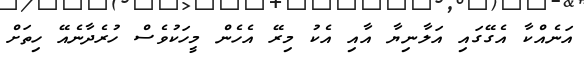
އަނެއްކާ އެގޭގައި އަލާނިޔާ އާއި އެކު މިރޭ އެހެން މީހަކުވެސް ހުރެދާނެއޭ ހިތަށް